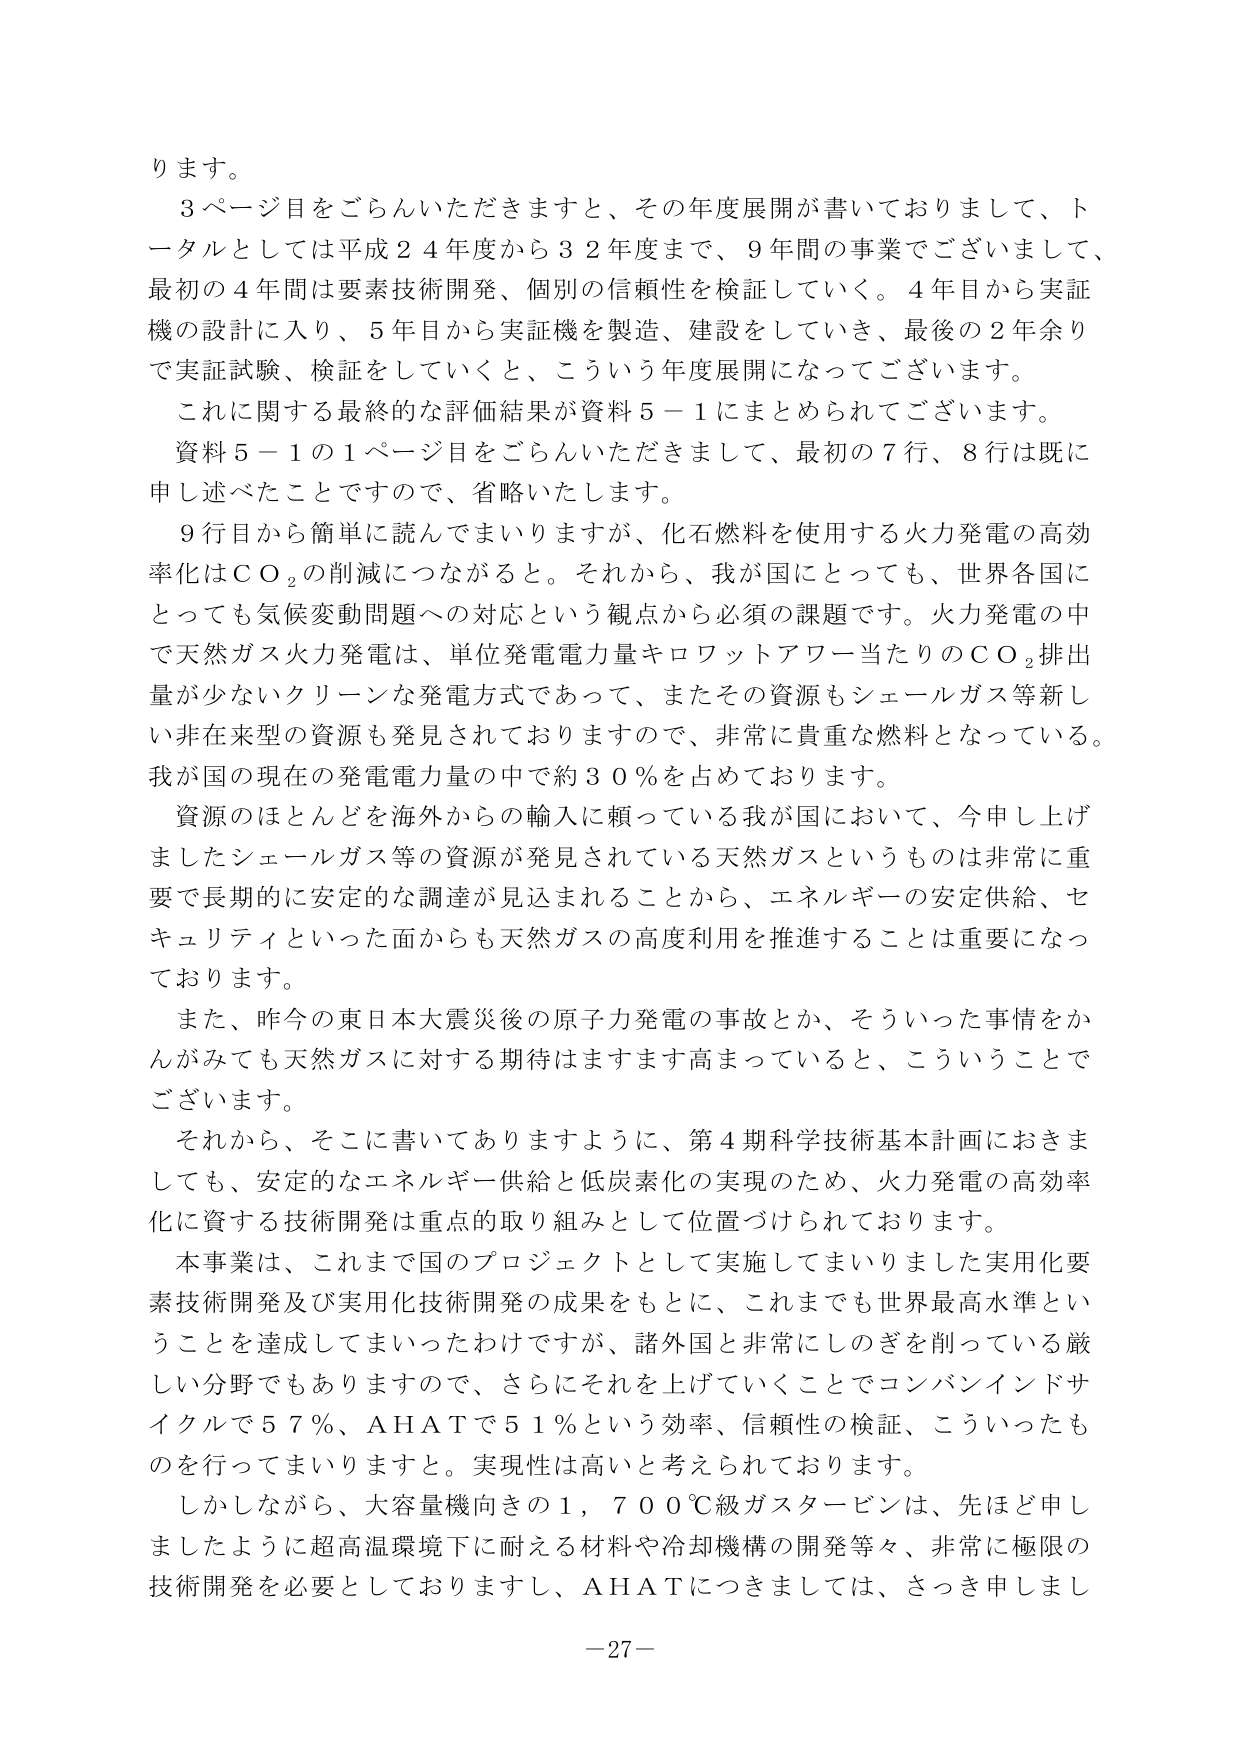
ります。

３ページ目をごらんいただきますと、その年度展開が書いておりまして、トータルとしては平成２４年度から３２年度まで、９年間の事業でございまして、最初の４年間は要素技術開発、個別の信頼性を検証していく。４年目から実証機の設計に入り、５年目から実証機を製造、建設をしていき、最後の２年余りで実証試験、検証をしていくと、こういう年度展開になってございます。

これに関する最終的な評価結果が資料５－１にまとめられてございます。

資料５－１の１ページ目をごらんいただきまして、最初の７行、８行は既に申し述べたことですので、省略いたします。

９行目から簡単に読んでまいりますが、化石燃料を使用する火力発電の高効率化はＣＯ₂の削減につながると。それから、我が国にとっても、世界各国にとっても気候変動問題への対応という観点から必須の課題です。火力発電の中で天然ガス火力発電は、単位発電電力量キロワットアワー当たりのＣＯ₂排出量が少ないクリーンな発電方式であって、またその資源もシェールガス等新しい非在来型の資源も発見されておりますので、非常に貴重な燃料となっている。我が国の現在の発電電力量の中で約３０％を占めております。

資源のほとんどを海外からの輸入に頼っている我が国において、今申し上げましたシェールガス等の資源が発見されている天然ガスというものは非常に重要で長期的に安定的な調達が見込まれることから、エネルギーの安定供給、セキュリティといった面からも天然ガスの高度利用を推進することは重要になっております。

また、昨今の東日本大震災後の原子力発電の事故とか、そういった事情をかんがみても天然ガスに対する期待はますます高まっていると、こういうことでございます。

それから、そこに書いてありますように、第４期科学技術基本計画におきましても、安定的なエネルギー供給と低炭素化の実現のため、火力発電の高効率化に資する技術開発は重点的取り組みとして位置づけられております。

本事業は、これまで国のプロジェクトとして実施してまいりました実用化要素技術開発及び実用化技術開発の成果をもとに、これまでも世界最高水準ということを達成してまいったわけですが、諸外国と非常にしのぎを削っている厳しい分野でもありますので、さらにそれを上げていくことでコンバインドサイクルで５７％、ＡＨＡＴで５１％という効率、信頼性の検証、こういったものを行ってまいりますと。実現性は高いと考えられております。

しかしながら、大容量機向けの１，７００℃級ガスタービンは、先ほど申しましたように超高温環境下に耐える材料や冷却機構の開発等々、非常に極限の技術開発を必要としておりますし、ＡＨＡＴにつきましては、さっき申しまし

－27－